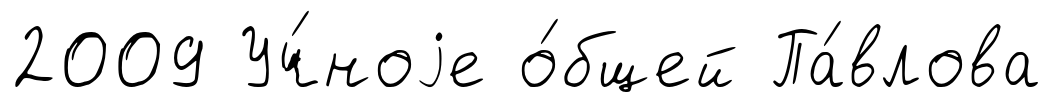
2009 Уч́ноjе о́бщей Па́влова